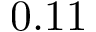
0 . 1 1